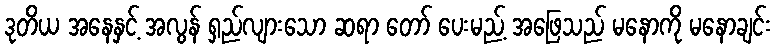
ဒုတိယ အနေနှင့် အလွန် ရှည်လျားသော ဆရာ တော် ပေးမည့် အဖြေသည် မနောကို မနောချင်း